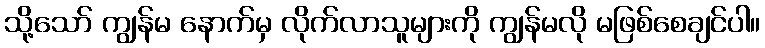
သို့သော် ကျွန်မ နောက်မှ လိုက်လာသူများကို ကျွန်မလို မဖြစ်စေချင်ပါ။